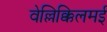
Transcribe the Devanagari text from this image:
वेल्लिक्किलमई